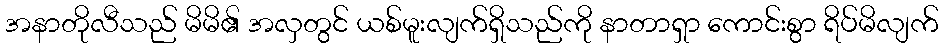
အနာတိုလီသည် မိမိ၏ အလှတွင် ယစ်မူးလျက်ရှိသည်ကို နာတာရှာ ကောင်းစွာ ရိပ်မိလျက်